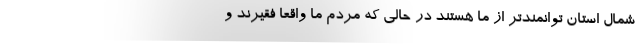
شمال استان توانمندتر از ما هستند در حالی که مردم ما واقعا فقیرند و